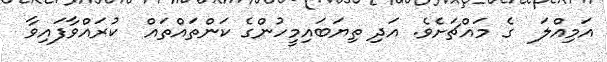
އަމިއްލަ  ގެ މައްޗަށެވެ. އަދި ތިޔަބައިމީހުންގެ ކަންތައްތައް  ކުރައްވާފައިވާ